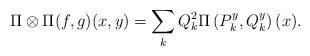
LaTeX: \begin{align*}\Pi \otimes \Pi(f, g)(x, y)=\sum_k Q_k^2 \Pi \left( P_k^y, Q_k^y \right)(x).\end{align*}